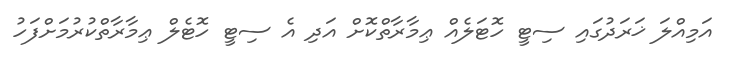
އަމިއްލަ ޚަރަދުގައި ސިޓީ ހޮޓަލެއް ޢިމާރާތްކޮށް އަދި އެ ސިޓީ ހޮޓެލް ޢިމާރާތްކުރުމަށްފަހު